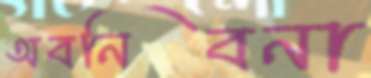
অবনিবনা